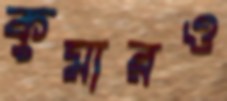
কুমারও